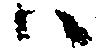
ハ